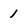
Character: 1